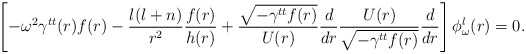
\begin{align*}\left[ -\omega^2 \gamma^{tt}(r) f(r) -{l(l+n)\over r^2}{f(r)\over h(r)}+{\sqrt{-\gamma^{tt} f(r)}\over U(r)}{d\over dr} {U(r)\over \sqrt{-\gamma^{tt} f(r)}}{d\over dr}\right]\phi^l_\omega(r) =0.\end{align*}